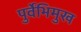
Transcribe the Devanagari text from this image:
पुर्वेभिमुख